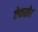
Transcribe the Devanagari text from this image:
ऐकतो।